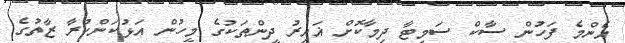
އެންމެ ފަހުން ސާކް ސަމިޓާ ދިމާކޮށް ޣައިރު ދީންތަކުގެ މީހުން އަޅުކަންކުރާ ޒާތުގެ